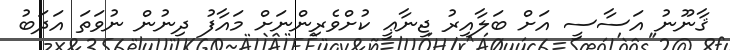
ޤާނޫނު އަސާސީ އަށް ބަލާއިރު ޖިނާޢީ ކުށްވެރިންނަށް މައާފު ދިނުން ނުވަތަ އަދަބު